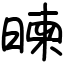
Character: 暕